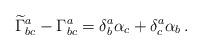
LaTeX: \begin{align*}\widetilde{\Gamma}^a_{bc}-\Gamma^a_{bc}=\delta^a_b\alpha_c + \delta^a_c\alpha_b\,.\end{align*}